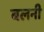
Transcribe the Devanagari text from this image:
बलनी